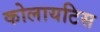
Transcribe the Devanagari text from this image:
कोलायटिस